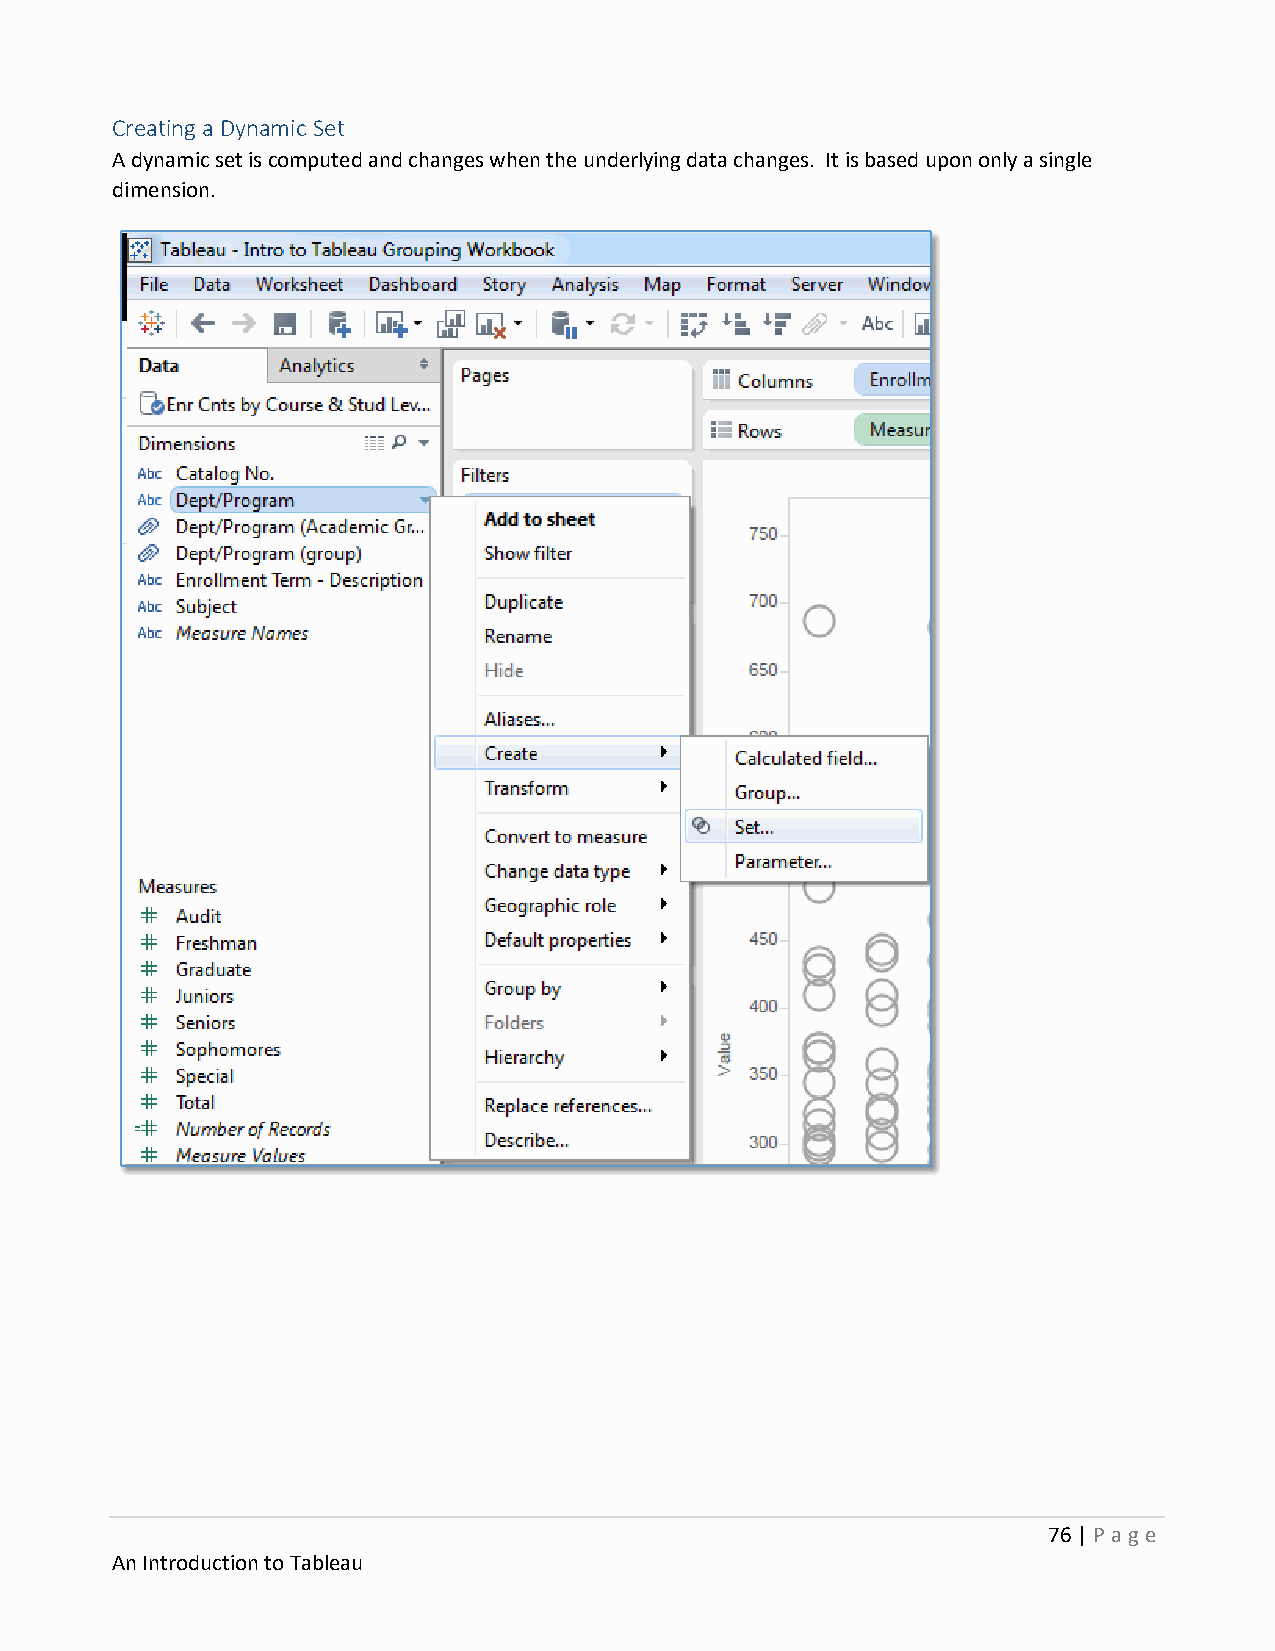
Creating a Dynamic Set
 A dynamic set is computed and changes when the underlying data changes. It is based upon only a single
 dimension.
 76 | P age
 An Introduction to Tableau